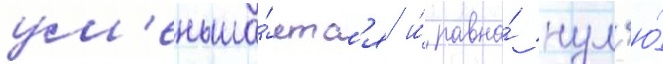
ум'еньша́етс'я и́ равна́ нул'ю́